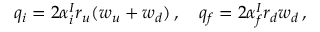
q _ { i } = 2 \alpha _ { i } ^ { I } r _ { u } ( w _ { u } + w _ { d } ) \, , \quad q _ { f } = 2 \alpha _ { f } ^ { I } r _ { d } w _ { d } \, ,